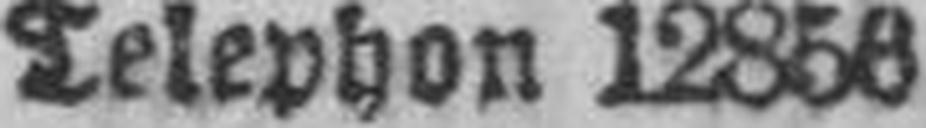
Telephon 12856